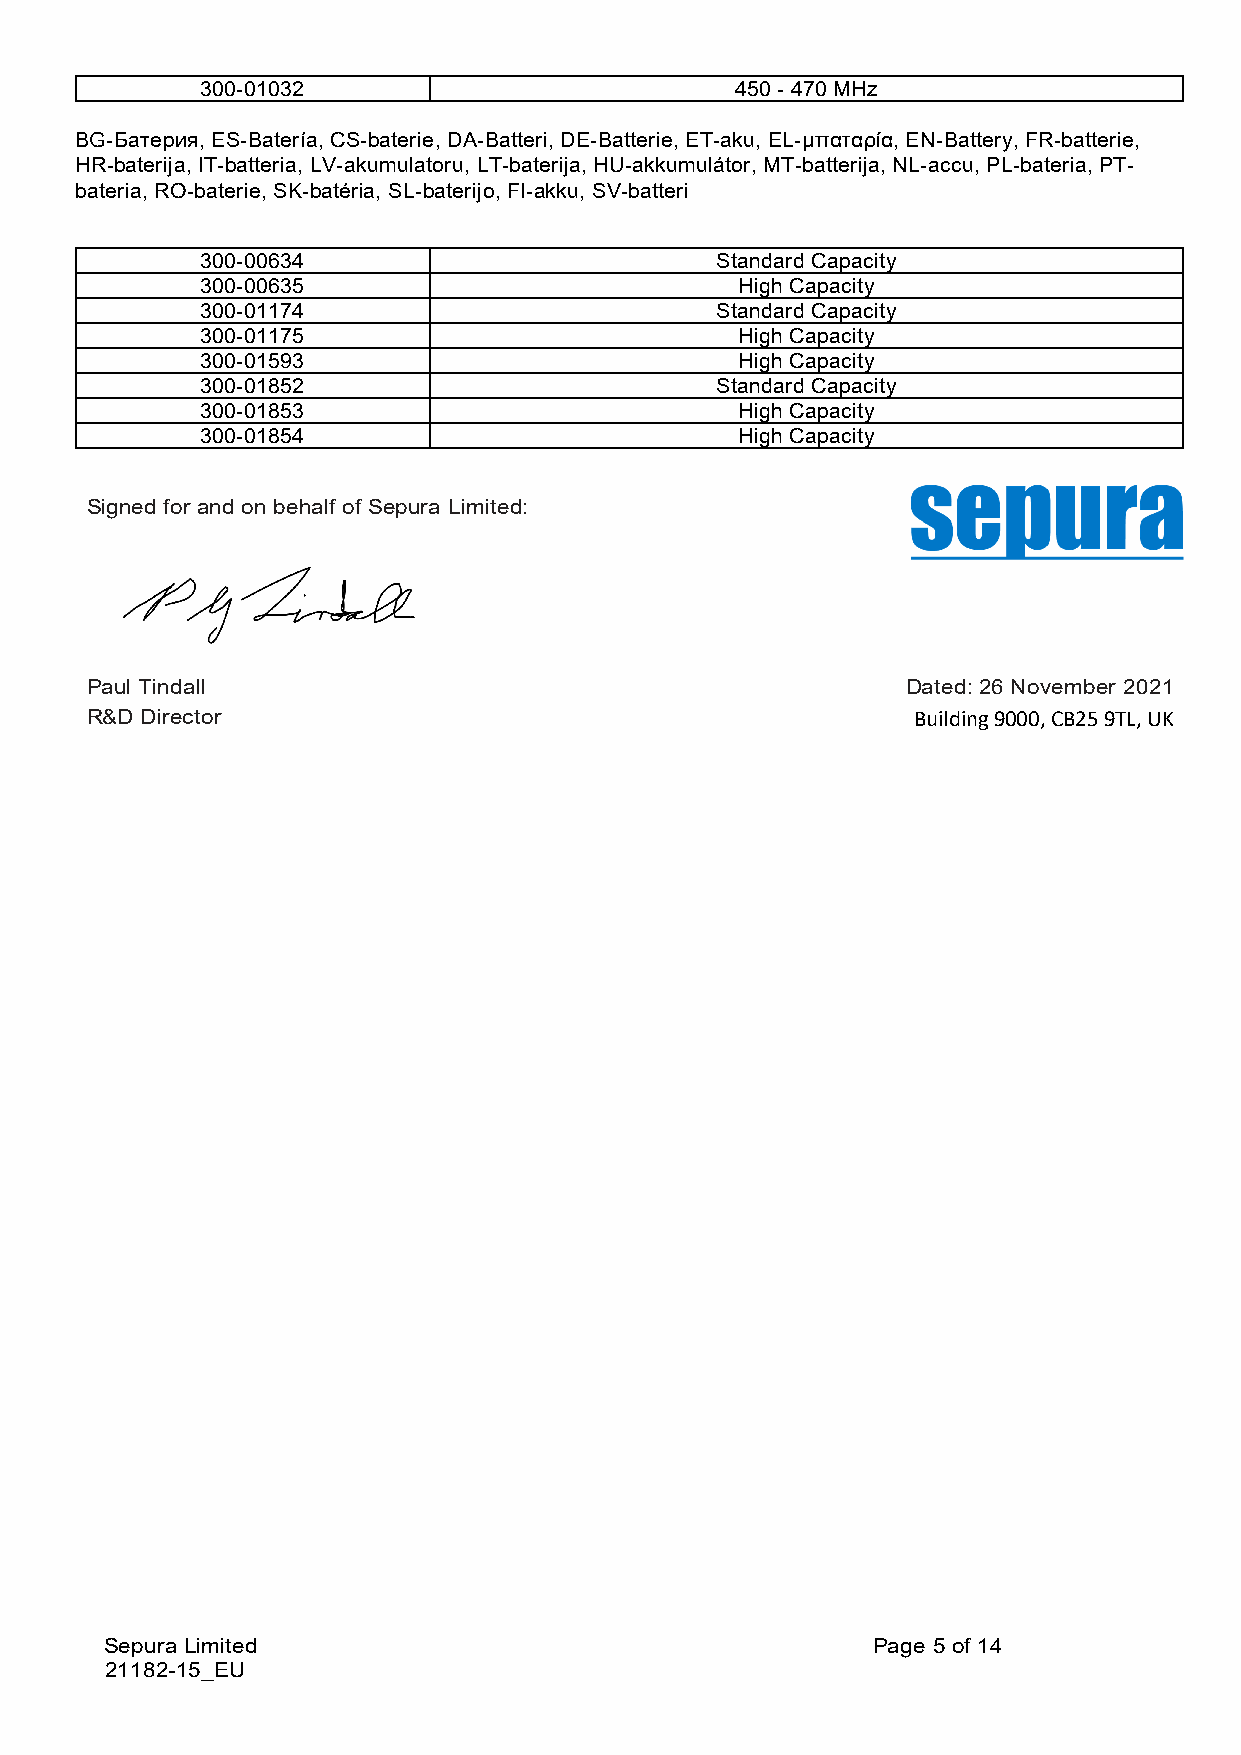
300-01032                           450 - 470 MHz
 BG-Батерия, ES-Batería, CS-baterie, DA-Batteri, DE-Batterie, ET-aku, EL-μπαταρία, EN-Battery, FR-batterie,
 HR-baterija, IT-batteria, LV-akumulatoru, LT-baterija, HU-akkumulátor, MT-batterija, NL-accu, PL-bateria, PT-
 bateria, RO-baterie, SK-batéria, SL-baterijo, FI-akku, SV-batteri
 300-00634                         Standard Capacity
 300-00635                           High Capacity
 300-01174                         Standard Capacity
 300-01175                           High Capacity
 300-01593                           High Capacity
 300-01852                         Standard Capacity
 300-01853                           High Capacity
 300-01854                           High Capacity
 Signed for and on behalf of Sepura Limited:
 Paul Tindall                                          Dated: 26 November 2021
 R&D Director                                          Building 9000, CB25 9TL, UK
 Sepura Limited                                     Page 5 of 14
 21182-15_EU